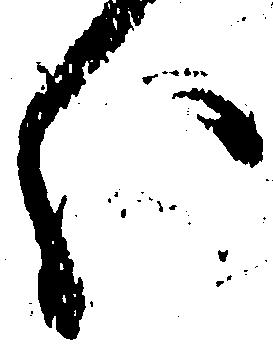
分